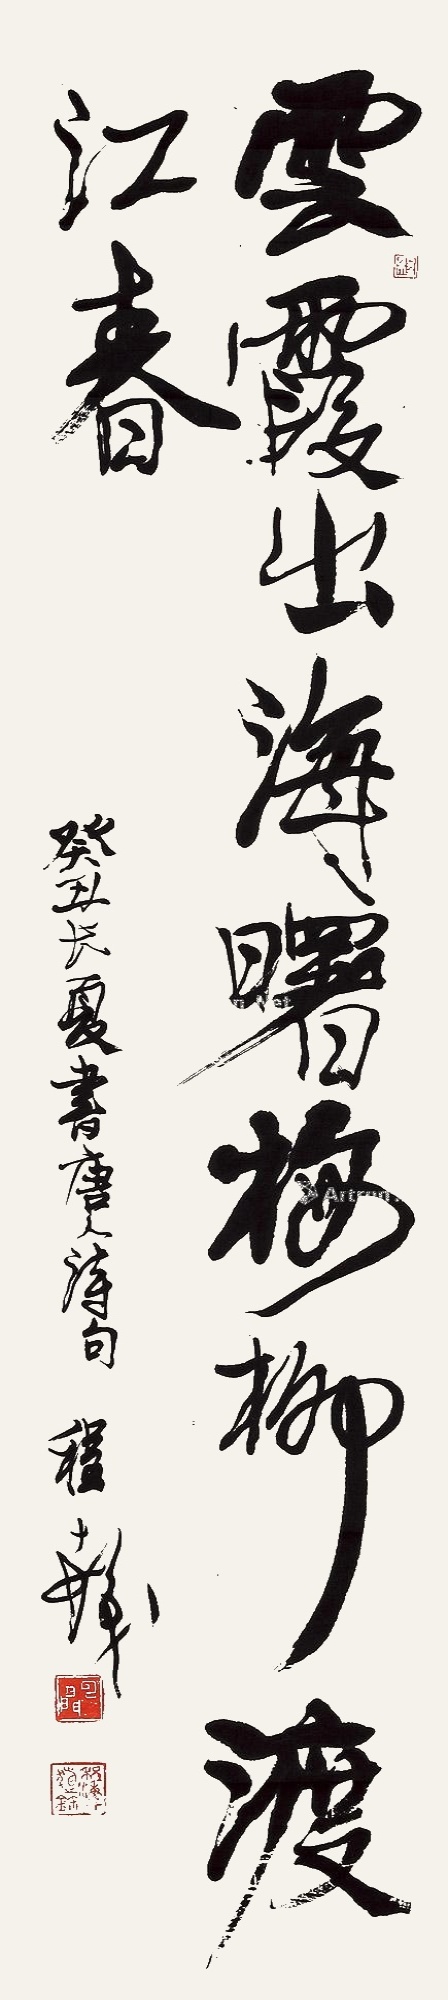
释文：云霞出海曙，梅柳渡江春。癸丑长夏书唐人诗句，程十发。